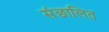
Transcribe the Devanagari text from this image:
संछालित